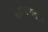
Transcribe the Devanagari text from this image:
२००३पासून